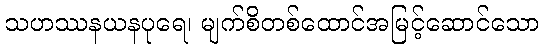
သဟဿနယနပုရေ၊ မျက်စိတစ်ထောင်အမြင့်ဆောင်သော